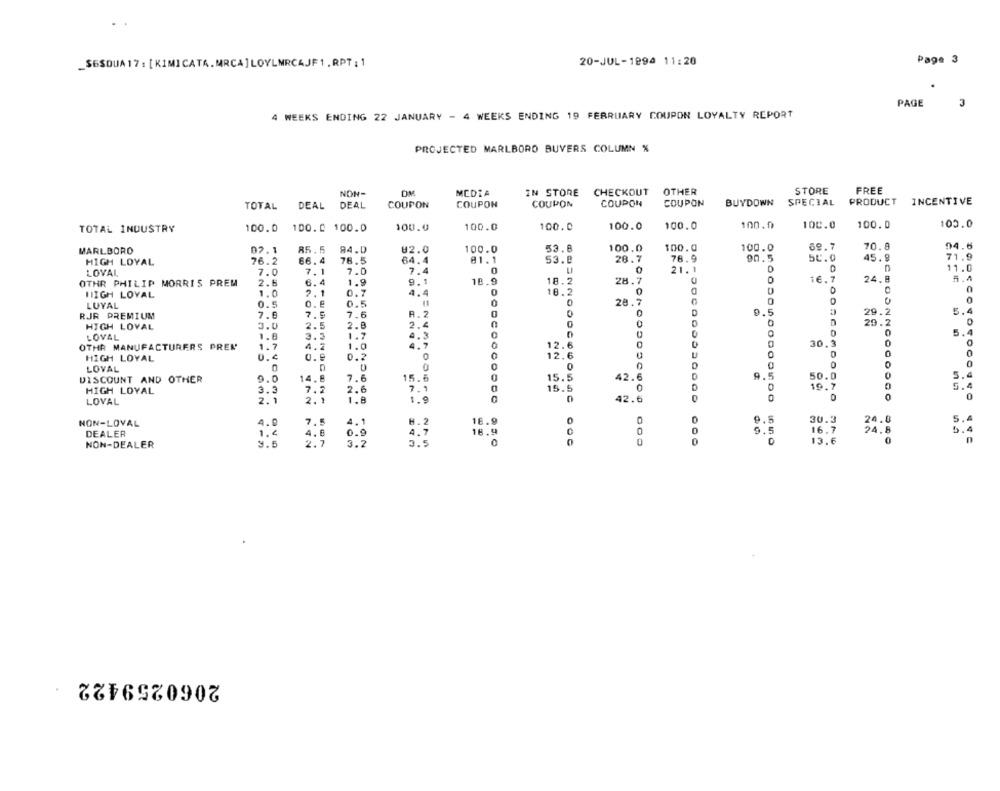
_$6SQUA17: [KIMICATA.MRCA]LOYLMRC4JF1. RPT: 1
20-JUL-1894 11:28
Page 3
PAGE
3
4 WEEKS ENDING 22 JANUARY - 4 WEEKS ENDING 19 FEBRUARY COUPON LOYALTY REPORT
PROJECTED MARLBORO BUVERS COLUMN %
CHECKOUT
OTHER
STORE
FREE
NON-
MEDIA
IN STORE
TOTAL
DEAL
DEAL
COUPON
COUPON
COUPON
COUPON
COUPON
BUYDOWN
SPECIAL PRODUCT INCENTIVE
TOTAL INDUSTRY
100.0
100.0 100.0
100.0
100.0
100.0
100.0
100.0
100.0
100.0
100.0
100.0
69.7
70.8
94.6
MARLBORO
02.1
RS. 5
94.0
02.0
100.0
53.8
100.0
100.0
100.0
HIGH LOYAL
76.2
66.4
78.5
64.4
01.1
53.º
28.7
78.9
90.5
50.0
45.8
71.9
7.4
0
0
21.1
D
11.0
LOVAL
7.0
7.1
7.0
16.7
24.8
5.4
OTHR PHILIP MORRIS PREM
2.6
6.4
1.9
9.1
18.9
18.2
28.7
HIGH LOYAL
1.0
2.1
0.7
4.4
18.2
0
11
28.7
0
DONOO
0
LUYAL
0.5
0.6
0.5
0
RJR PREMIUM
7.8
7.5
7.6
0
D
0.5
9.2
5.4
3.0
2.5
2.8
2.4
0
0
0
20:2
0
HIGH LOVAL
0
5.4
LOVAL
1.8
3.3
1.7
4.3
OTHR MANUFACTURERS PREK
1.7
4.2
1.0
4.7
12.6
0
30.3
0
HIGH LOYAL
0.9
0.2
0
12.6
0
0
0
0
0
0
0
LOVAL
0
0
DISCOUNT AND OTHER
9.0
14.8
7.6
15.6
15.5
42.6
9.5
50.0
0
5.4
3.3
2.6
7.1
15.5
0
0
19.7
0
5.4
HIGH LOYAL
7.
0
LOVAL
2.1
2.1
1.8
1.9
0
42.6
0
0
0
4.1
H. 2
16.9
0
9.5
30.3
24.0
5.4
NON-LOVAL
4.0
7.5
DEALER
1.4
0.9
4.7
18.9
9.5
16.7
24.8
5.4
2.7
3.2
3.5
0
0
13.6
0
n
NON-DEALER
2060259422